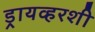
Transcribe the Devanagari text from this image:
ड्रायव्हरशी